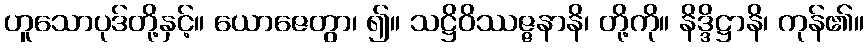
ဟူသောပုဒ်တို့နှင့်။ ယောဇေတွာ၊ ၍။ သဋ္ဌိဝိဿဇ္ဇနာနိ၊ တို့ကို။ နိဒ္ဒိဋ္ဌာနိ၊ ကုန်၏။